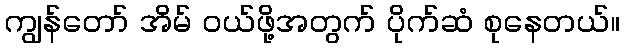
ကျွန်တော် အိမ် ဝယ်ဖို့အတွက် ပိုက်ဆံ စုနေတယ်။